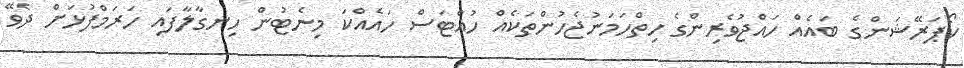
ކޯޕަރޭޝަންގެ ބައެއް ހައްޖުވެރިންގެ ހިތްހަމަނުޖެހުންތަކެއް ހުއްޓަސް ހައެއްކަ މިނެޓުން ހިނގާލާފައި ހަރަމްފުޅަށް ދެވޭ